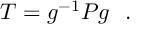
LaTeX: T = g ^ { - 1 } P g \ \ .